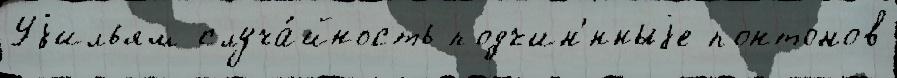
Уjильям случа́йность подчин'́нныjе понтонов